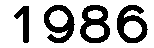
1986